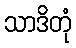
သာဒိတုံ